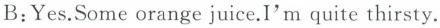
B:Yes.Some orange juice.I'm quite thirsty.